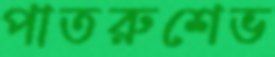
পাতরুশেভ